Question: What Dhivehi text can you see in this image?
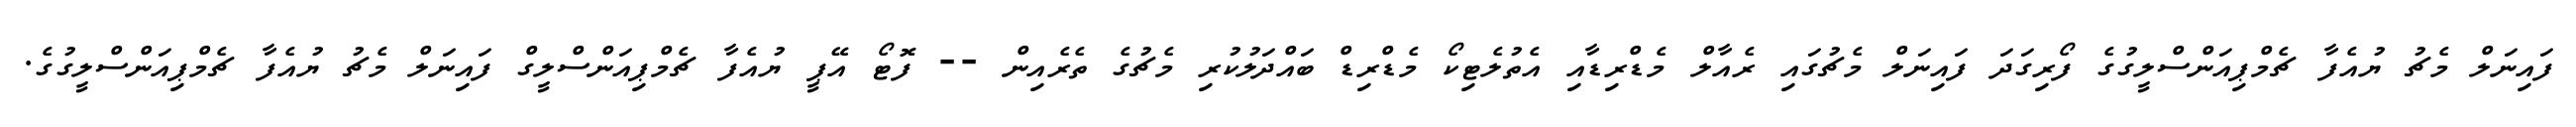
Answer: ފައިނަލް މެޗު ޔުއެފާ ޗެމްޕިއަންސްލީގުގެ ފޯރިގަދަ ފައިނަލް މެޗުގައި ރެއާލް މެޑްރިޑާއި އެތުލެޓިކޯ މެޑްރިޑް ބައްދަލުކުރި މެޗުގެ ތެރެއިން -- ފޮޓޯ އޭޕީ ޔުއެފާ ޗެމްޕިއަންސްލީގް ފައިނަލް މެޗު ޔުއެފާ ޗެމްޕިއަންސްލީގުގެ.